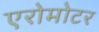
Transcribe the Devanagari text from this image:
एरोमोटर